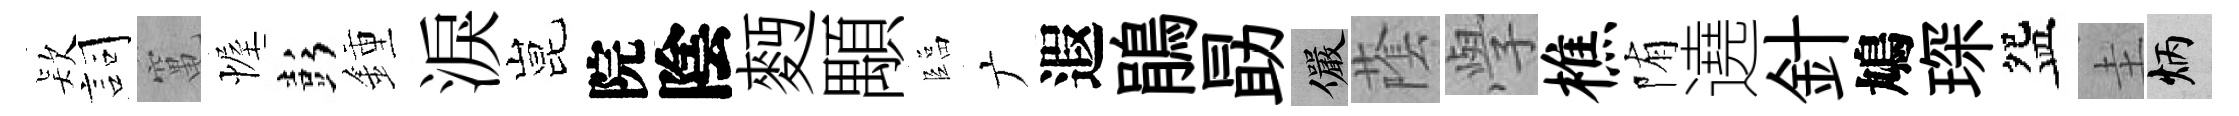
𣣇詞𥧄幄彭鍾淚昆院陰麪顒臨广遐鵑勗儼䕃𭓕樵陏遶針鳩琛盌圭炳